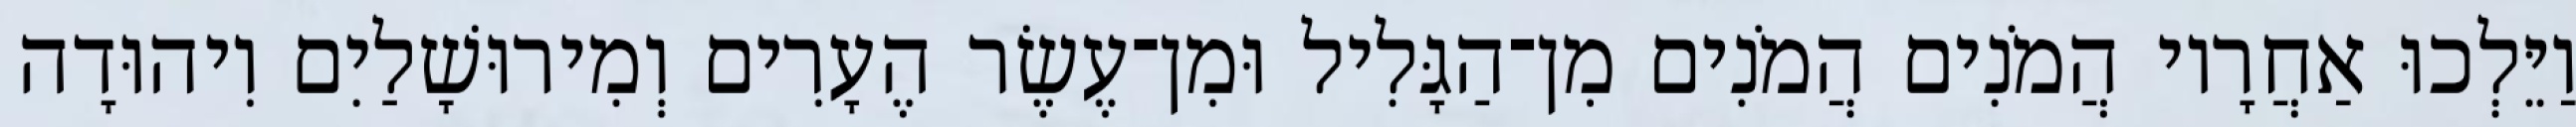
וַיֵּלְכוּ אַחֲרָיו הֲמֹנִים הֲמֹנִים מִן־הַגָּלִיל וּמִן־עֶשֶׂר הֶעָרִים וְמִירוּשָׁלַיִם וִיהוּדָה